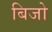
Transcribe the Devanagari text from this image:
बिजो